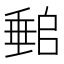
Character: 𡑈